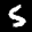
Label: 5